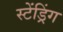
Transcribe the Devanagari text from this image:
स्टेंड्रिंग